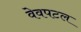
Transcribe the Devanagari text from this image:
वेवपटल